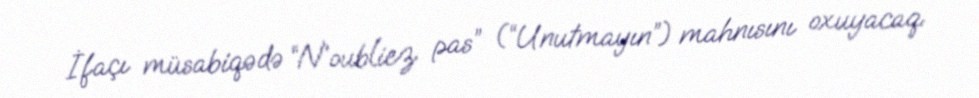
İfaçı müsabiqədə “N’oubliez pas” (“Unutmayın”) mahnısını oxuyacaq.